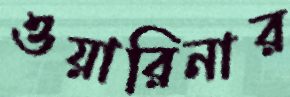
ওয়ারিনার